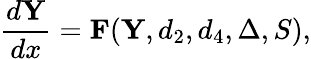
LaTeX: \frac{d{\mathbf Y}}{dx}={\mathbf F}({\mathbf Y},d_{2},d_{4},\Delta,S),